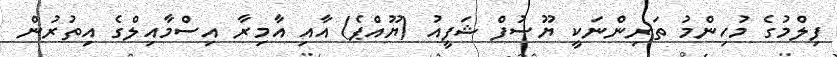
ފިލްމުގެ މުހިންމު ތަރިންނަކީ ޔޫސުފް ޝަފީއު (ޔޫއްޕެ) އާއި އާމިރާ އިސްމާއިލްގެ އިތުރުން